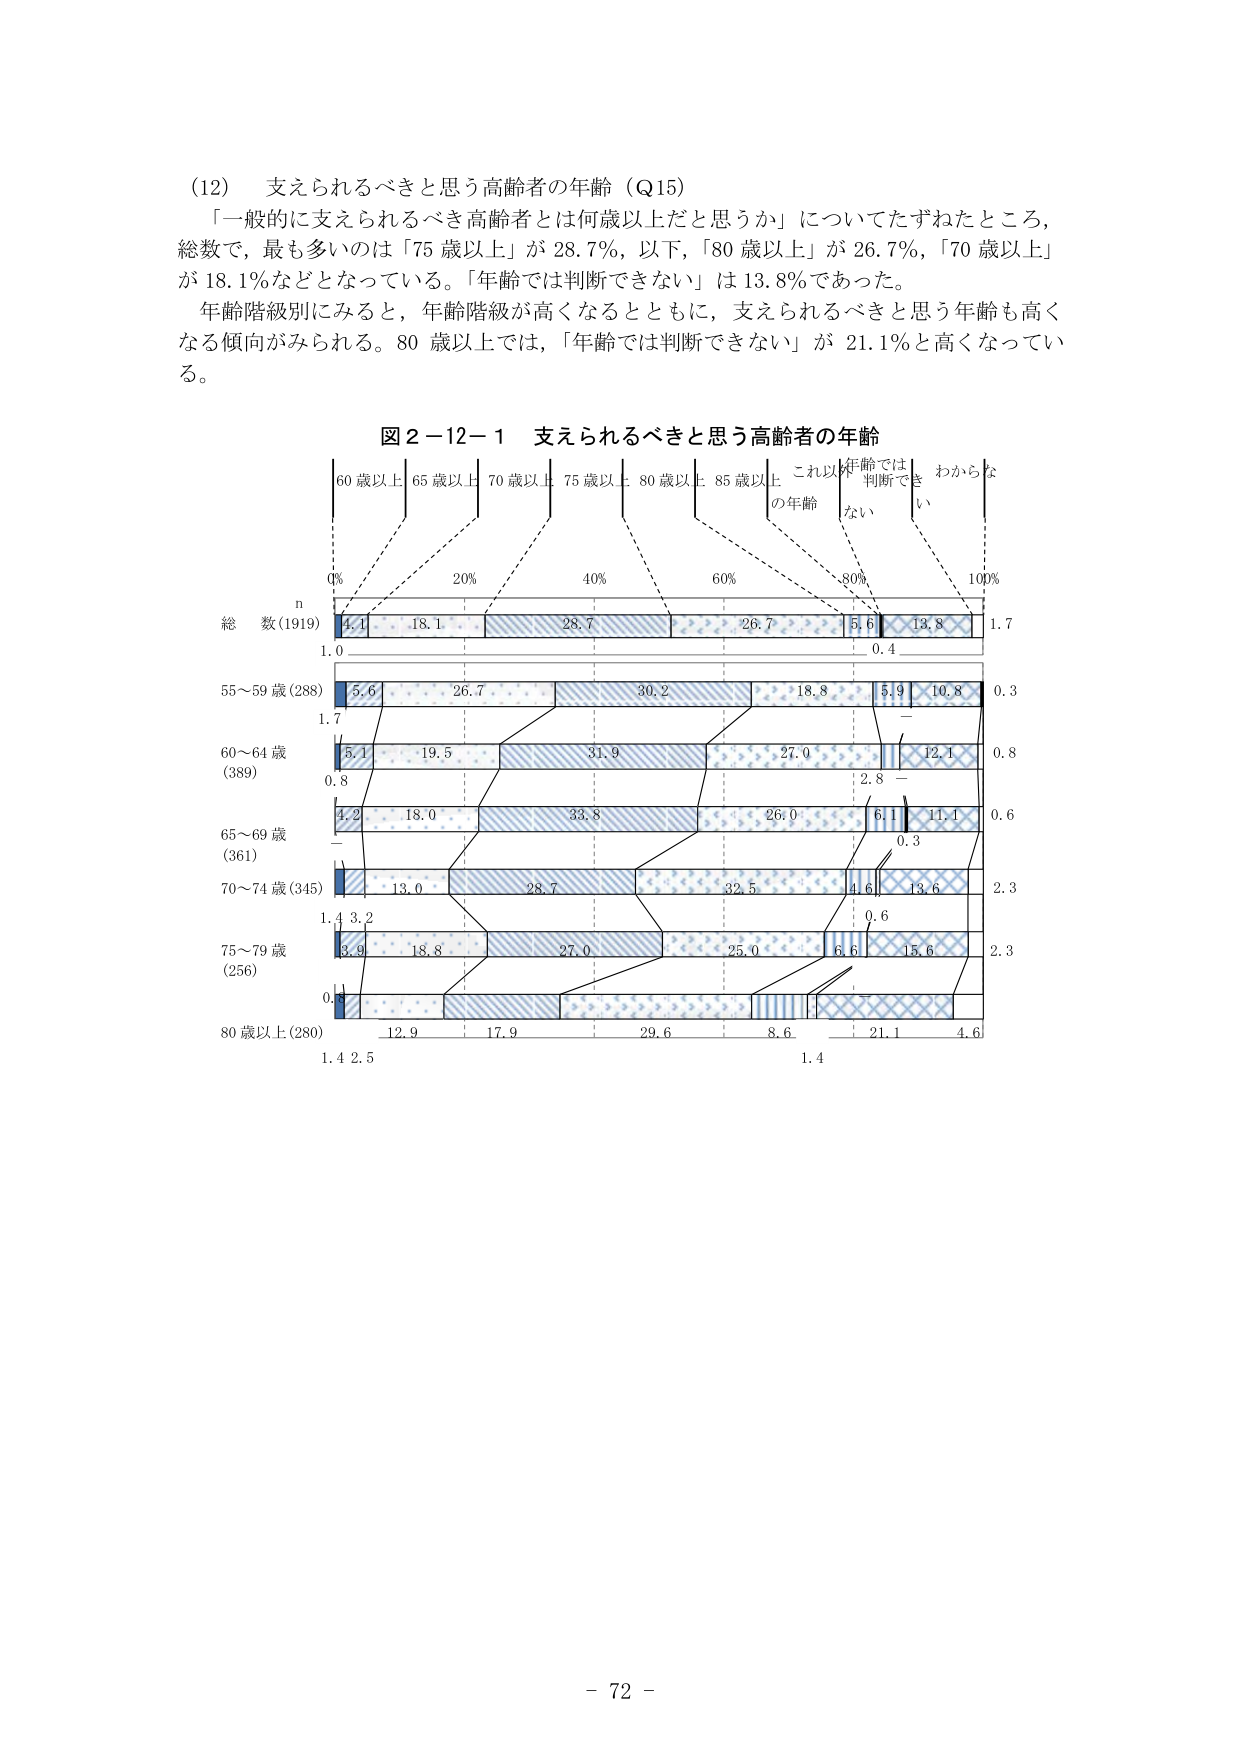
(12) 支えられるべきと思う高齢者の年齢（Q15）
「一般的に支えられるべき高齢者とは何歳以上だと思うか」についてたずねたところ、
総数で、最も多いのは「75 歳以上」が 28.7％、以下、「80 歳以上」が 26.7％、「70 歳以上」
が 18.1％などとなっている。「年齢では判断できない」は 13.8％であった。
年齢階級別にみると、年齢階級が高くなるとともに、支えられるべきと思う年齢も高く
なる傾向がみられる。80 歳以上では、「年齢では判断できない」が 21.1％と高くなってい
る。

図 2－12－1 支えられるべきと思う高齢者の年齢
60 歳以上 65 歳以上 70 歳以上 75 歳以上 80 歳以上 85 歳以上 これ以上の年齢 年齢では判断できない わからない
0% 20% 40% 60% 80% 100%
n
総 数(1919) 4.1 18.1 28.7 26.7 5.6 13.8 1.7
1.0 0.4
55～59 歳(288) 5.6 26.7 30.2 18.8 5.9 10.8 0.3
1.7
60～64 歳(389) 5.1 19.5 31.9 27.0 12.1 0.8
0.8 2.8
65～69 歳(361) 4.2 18.0 33.8 26.0 6.1 11.1 0.6
0.3
70～74 歳(345) 13.0 28.7 32.5 4.6 13.6 2.3
1.4 3.2 0.6
75～79 歳(256) 3.9 18.8 27.0 25.0 6.6 15.6 2.3
0.1
80 歳以上(280) 12.9 17.9 29.6 8.6 21.1 4.6
1.4 2.5 1.4

- 72 -